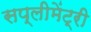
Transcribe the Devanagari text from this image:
सप्लीमेंट्री